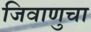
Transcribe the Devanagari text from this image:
जिवाणुचा